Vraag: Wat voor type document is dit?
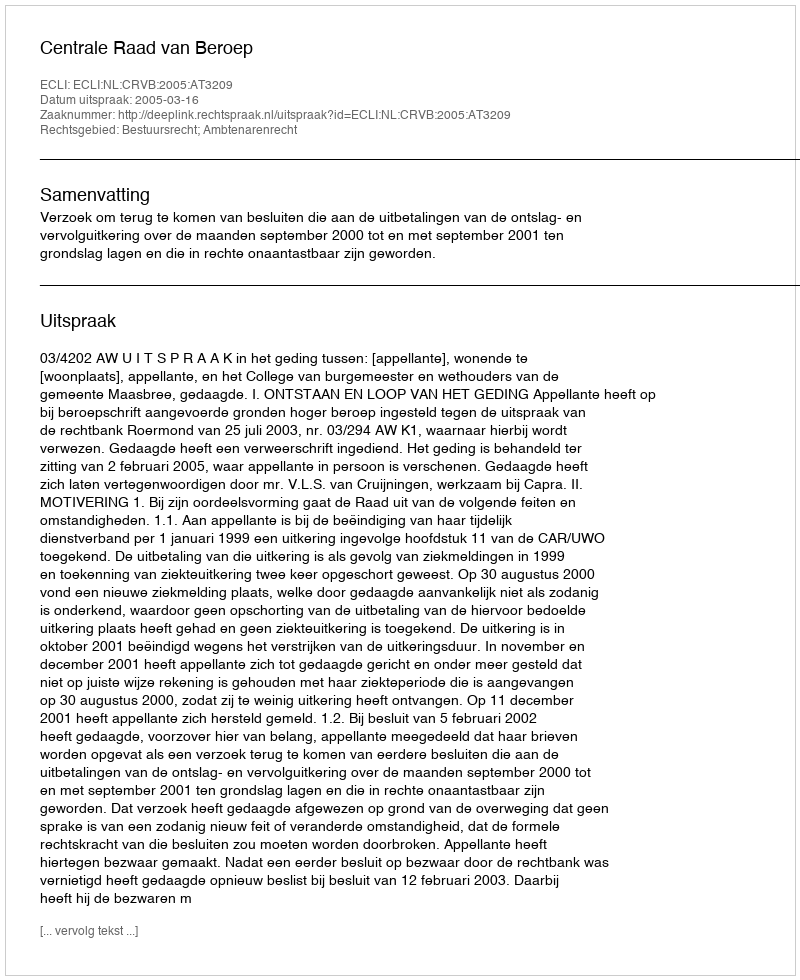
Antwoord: Uitspraak